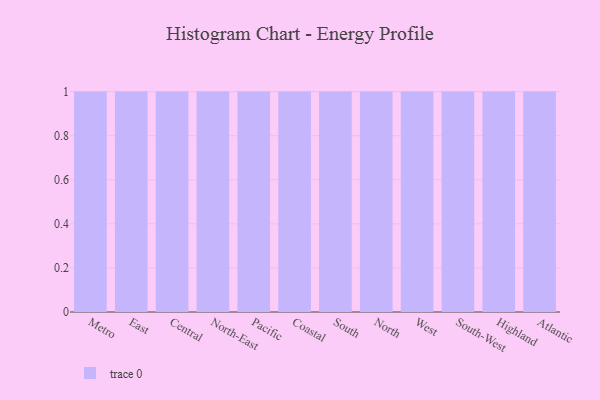
{"axis": {"x": "Region", "y": "Gross Profit (USD K)"}, "legend": [""], "data": [{"x": "Metro", "y": 6, "type": ""}, {"x": "East", "y": 71, "type": ""}, {"x": "Central", "y": 19, "type": ""}, {"x": "North-East", "y": 21, "type": ""}, {"x": "Pacific", "y": 21, "type": ""}, {"x": "Coastal", "y": 95, "type": ""}, {"x": "South", "y": 39, "type": ""}, {"x": "North", "y": 68, "type": ""}, {"x": "West", "y": 53, "type": ""}, {"x": "South-West", "y": 10, "type": ""}, {"x": "Highland", "y": 65, "type": ""}, {"x": "Atlantic", "y": 87, "type": ""}]}